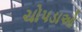
ચોપડાઓ